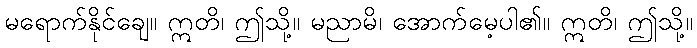
မရောက်နိုင်ချေ။ ဣတိ၊ ဤသို့။ မညာမိ၊ အောက်မေ့ပါ၏။ ဣတိ၊ ဤသို့။